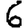
Digit: 6